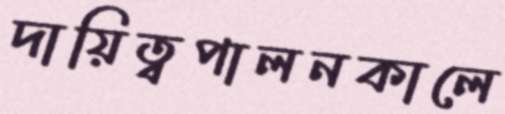
দায়িত্বপালনকালে